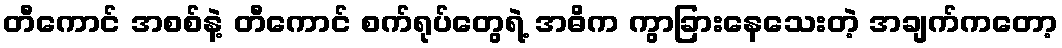
တီကောင် အစစ်နဲ့ တီကောင် စက်ရုပ်တွေရဲ့ အဓိက ကွာခြားနေသေးတဲ့ အချက်ကတော့